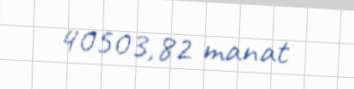
40503,82 manat